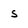
Character: S